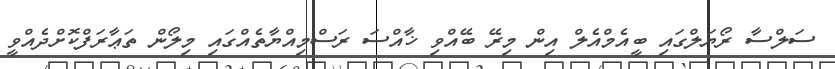
ސަލްސާ ރޯޔަލްގައި ބީއެމްއެލް އިން މިރޭ ބޭއްވި ޚާއްސަ ރަސްމިއްޔާތެއްގައި މިލޯން ތަޢާރަފްކޮށްދެއްވީ